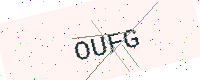
Text: OUFG